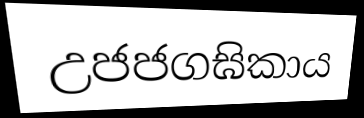
උජජගඝිකාය